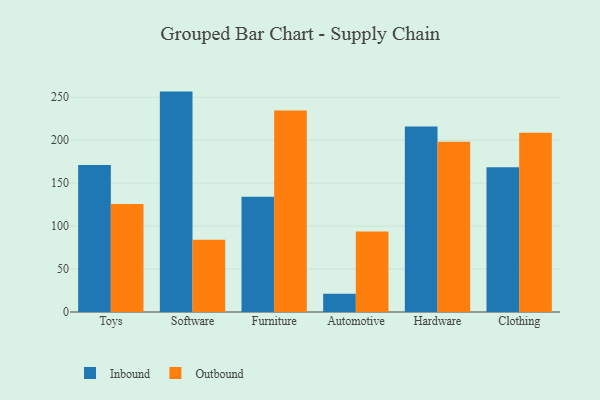
{"axis": {"x": "Category", "y": "LTV (USD)"}, "legend": ["Inbound", "Outbound"], "data": [{"x": "Toys", "y": 171.0, "type": "Inbound"}, {"x": "Toys", "y": 125.6, "type": "Outbound"}, {"x": "Software", "y": 256.5, "type": "Inbound"}, {"x": "Software", "y": 84.0, "type": "Outbound"}, {"x": "Furniture", "y": 134.0, "type": "Inbound"}, {"x": "Furniture", "y": 234.6, "type": "Outbound"}, {"x": "Automotive", "y": 21.3, "type": "Inbound"}, {"x": "Automotive", "y": 93.8, "type": "Outbound"}, {"x": "Hardware", "y": 216.0, "type": "Inbound"}, {"x": "Hardware", "y": 198.0, "type": "Outbound"}, {"x": "Clothing", "y": 168.4, "type": "Inbound"}, {"x": "Clothing", "y": 208.7, "type": "Outbound"}]}